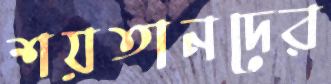
শয়তানদের